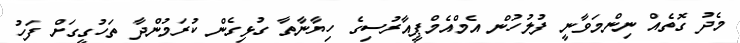
މެދު ގޮތެއް ނިންމަވާނީ ފުލުހުން އެމްއެމްޕީއާރުސިގެ ހިޔާނާތާ ގުޅިގެން ކުރަމުންދާ ތަހުގީގަށް ފަހު